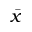
\bar { x }